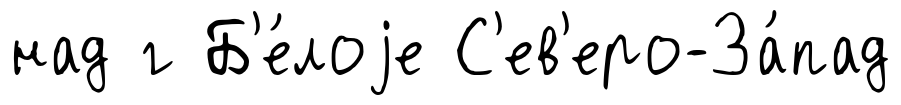
над г Б'е́лоjе С'ев'еро-За́пад